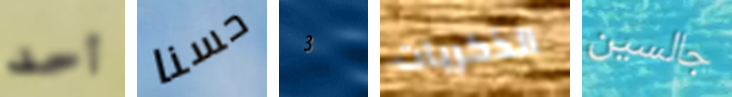
أحد حسنا 3 الذكريات جالسين